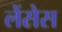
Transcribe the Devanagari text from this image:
लेंसेस